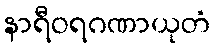
နာရီဝရဂဏာယုတံ